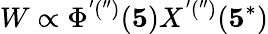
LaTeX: W\propto\Phi^{'(^{\prime\prime})}({\mathbf 5})X^{'(^{\prime\prime})}({\mathbf 5^{*}})